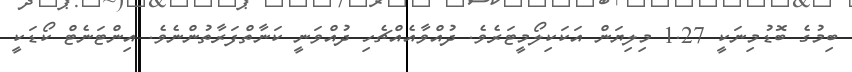
ބިމުގެ ބޮޑުމިނަކީ 1.27 މިލިޔަން އަކަކިލޯމީޓަރެވެ. ދުއްވާއެއްޗެހި ދުއްވަނީ ކަނާތްފަރާތުންނެވެ. އިންޓަނެޓް ކޯޑަކީ